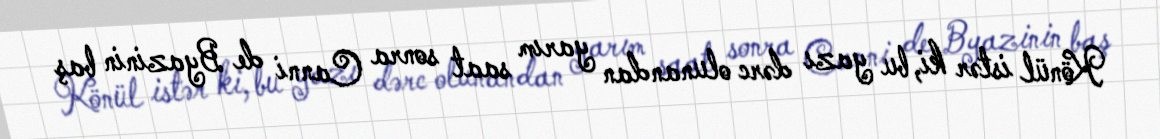
Könül istər ki, bu yazı dərc olunandan yarım saat sonra Canni de Byazinin baş